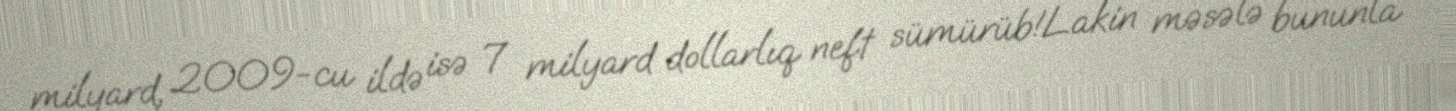
milyard, 2009-cu ildə isə 7 milyard dollarlıq neft sümürüb!Lakin məsələ bununla